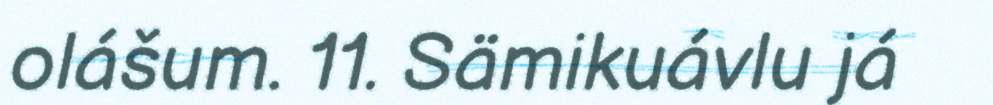
olášum. 11. Sämikuávlu já